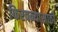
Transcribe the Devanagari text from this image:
फिरवन्यासाठी